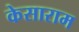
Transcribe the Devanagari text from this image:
केसाराम